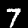
Label: 7